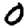
Digit: 0